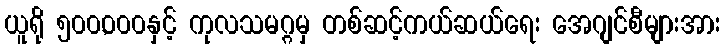
ယူရို ၅၀၀,၀၀၀နှင့် ကုလသမဂ္ဂမှ တစ်ဆင့်ကယ်ဆယ်ရေး အေဂျင်စီများအား